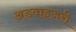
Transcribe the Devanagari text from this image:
अडवाइज़री